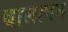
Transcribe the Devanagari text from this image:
बालापन